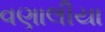
વણાલીયા